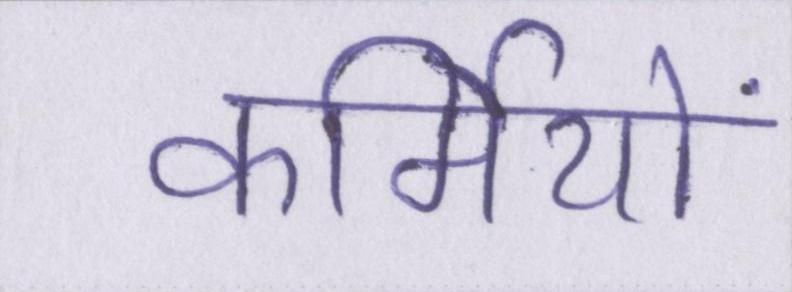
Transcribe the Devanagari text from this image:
कर्मियों